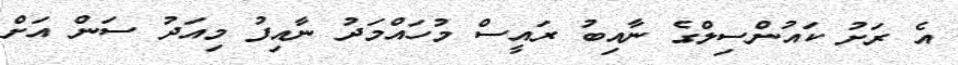
އެ ރަށު ކައުންސިލްގެ ނާއިބު ރައީސް މުހައްމަދު ނާއިފު މިއަދު ސަން އަށް